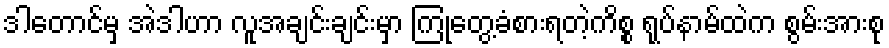
ဒါတောင်မှ အဲဒါဟာ လူအချင်းချင်းမှာ ကြုံတွေ့ခံစားရတဲ့ကိစ္စ ရုပ်နာမ်ထဲက စွမ်းအားစု